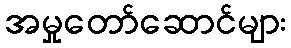
အမှုတော်ဆောင်များ